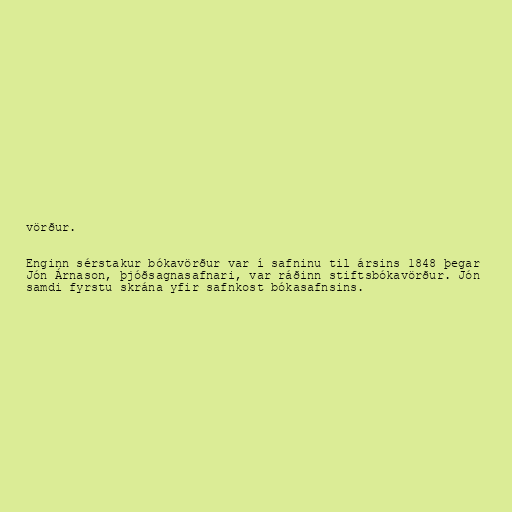
vörður.

Enginn sérstakur bókavörður var í safninu til ársins 1848 þegar
Jón Árnason, þjóðsagnasafnari, var ráðinn stiftsbókavörður. Jón
samdi fyrstu skrána yfir safnkost bókasafnsins.